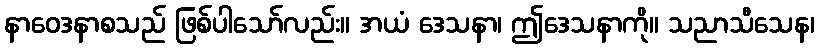
နာဝေဒနာစသည် ဖြစ်ပါသော်လည်း။ အယံ ဒေသနာ၊ ဤဒေသနာကို။ သညာသီသေန၊